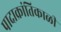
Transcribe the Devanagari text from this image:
पादाक्रांतिकाळी